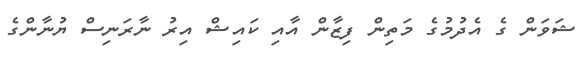
ޝަވަން ގެ އެދުމުގެ މަތިން ފިޒާން އާއި ކައިޝް އިރު ނާރަނިސް ޔުނާންގެ